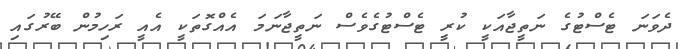
ދެވަނަ ޓެސްޓުގެ ނަތީޖާއަކީ ކުރީ ޓެސްޓުގެވެސް ނަތީޖާނަމަ އެއްގޮތަކީ އެއީ ރަހިމުން ބޭރުގައި